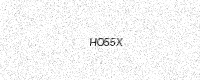
Text: HO55X